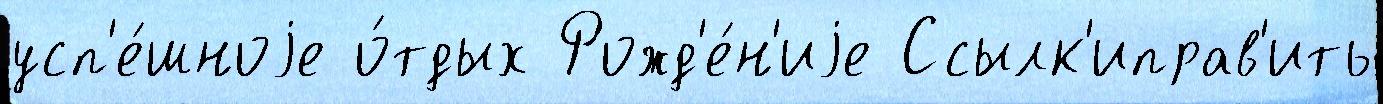
усп'е́шноjе о́тдых Рожд'е́н'иjе Ссылк'иправ'ить